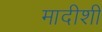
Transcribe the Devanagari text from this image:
मादीशी